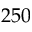
2 5 0